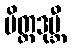
မိတ္တဒုဗ္ဘီ